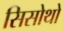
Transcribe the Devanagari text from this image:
सिसोथो